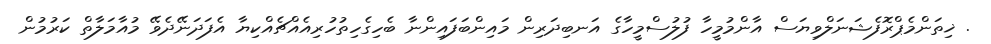
. ޚިތަންމެޕްރޮފެޝަނަލްވިޔަސް އާންމުމީހާ ފުލުސްމީހާގެ އަނބިދަރިން މައިންބަފައިންނާ ބެހިގެހިތުހުރިއެއްޗެއްކިޔާ އެފަދަނޭދެވޭ މުއާމަލާތް ކަރުމުން